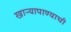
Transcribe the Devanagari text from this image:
खाऱ्यापाण्याची